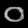
Digit: ၀